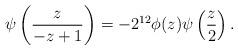
LaTeX: \begin{align*}\psi\left( \frac{z}{-z+1} \right) = -2^{12}\phi(z)\psi \left( \frac{z}{2} \right).\end{align*}